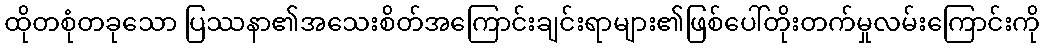
ထိုတစုံတခုသော ပြဿနာ၏အသေးစိတ်အကြောင်းချင်းရာများ၏ဖြစ်ပေါ်တိုးတက်မှုလမ်းကြောင်းကို